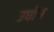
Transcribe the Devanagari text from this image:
उधाेग